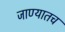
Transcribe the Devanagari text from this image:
जाण्यातच